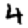
Digit: 4